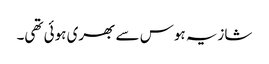
شازیہ ہوس سے بھری ہوئی تھی۔